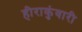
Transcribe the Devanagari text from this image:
हीराकुंवारी